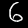
Digit: 6